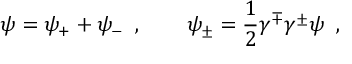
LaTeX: \psi = \psi _ { + } + \psi _ { - } \; \; , \qquad \psi _ { \pm } = { \frac { 1 } { 2 } } \gamma ^ { \mp } \gamma ^ { \pm } \psi \; \; ,